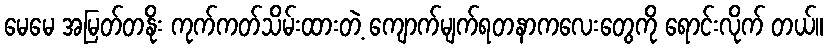
မေမေ အမြတ်တနိုး ကုက်ကတ်သိမ်းထားတဲ့ ကျောက်မျက်ရတနာကလေးတွေကို ရောင်းလိုက် တယ်။